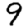
Digit: 9